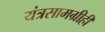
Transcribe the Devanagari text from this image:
यंत्रसामग्रीही